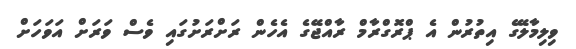
ވިލިމާލޭގެ އިތުރުން އެ ޕްރޮގްރާމް ރާއްޖޭގެ އެހެން ރަށްރަށުގައި ވެސް ވަރަށް އަވަހަށް